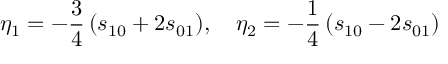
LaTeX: \eta _ { 1 } = - \frac { 3 } { 4 } \, ( s _ { 1 0 } + 2 s _ { 0 1 } ) , \quad \eta _ { 2 } = - \frac { 1 } { 4 } \, ( s _ { 1 0 } - 2 s _ { 0 1 } )